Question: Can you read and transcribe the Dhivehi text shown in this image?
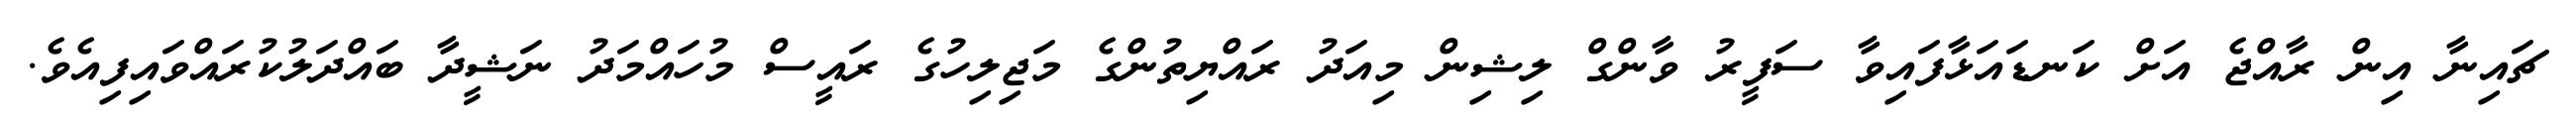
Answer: ޗައިނާ އިން ރާއްޖެ އަށް ކަނޑައަޅާފައިވާ ސަފީރު ވާންގް ލިޝިން މިއަދު ރައްޔިތުންގެ މަޖިލިހުގެ ރައީސް މުހައްމަދު ނަޝީދާ ބައްދަލުކުރައްވައިފިއެވެ.